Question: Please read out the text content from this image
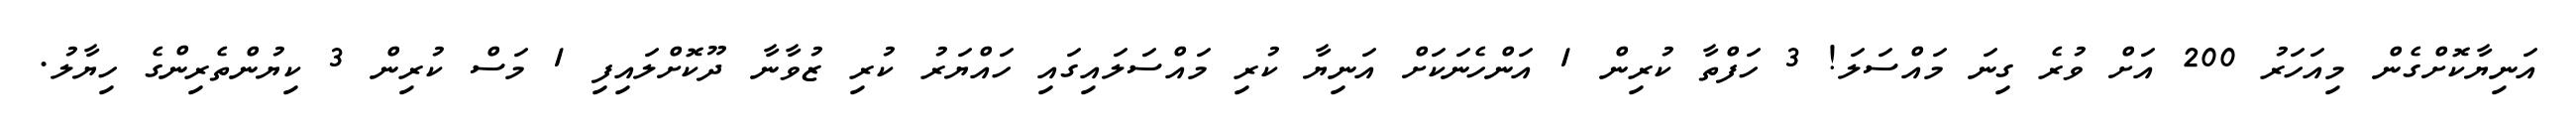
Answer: އަނިޔާކޮށްގެން މިއަހަރު 200 އަށް ވުރެ ގިނަ މައްސަލަ! 3 ހަފްތާ ކުރިން 1 އަންހެނަކަށް އަނިޔާ ކުރި މައްސަލައިގައި ހައްޔަރު ކުރި ޒުވާނާ ދޫކޮށްލައިފި 1 މަސް ކުރިން 3 ކިޔުންތެރިންގެ ހިޔާލު.